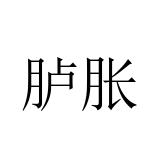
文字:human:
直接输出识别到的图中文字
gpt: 胪胀